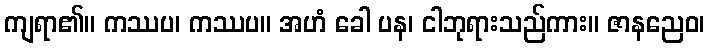
ကျရာ၏။ ကဿပ၊ ကဿပ။ အဟံ ခေါ ပန၊ ငါဘုရားသည်ကား။ ဇာနညေဝ၊